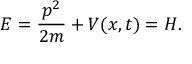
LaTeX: E = { \frac { p ^ { 2 } } { 2 m } } + V ( x , t ) = H .